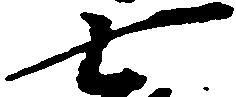
七